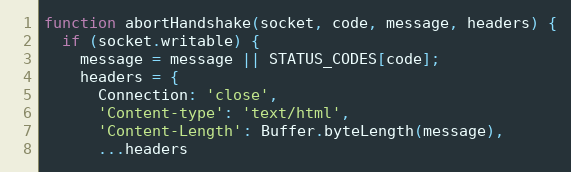
Language: JavaScript
function abortHandshake(socket, code, message, headers) {
  if (socket.writable) {
    message = message || STATUS_CODES[code];
    headers = {
      Connection: 'close',
      'Content-type': 'text/html',
      'Content-Length': Buffer.byteLength(message),
      ...headers